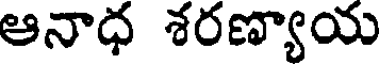
ఆనాధ శరణ్యాయ